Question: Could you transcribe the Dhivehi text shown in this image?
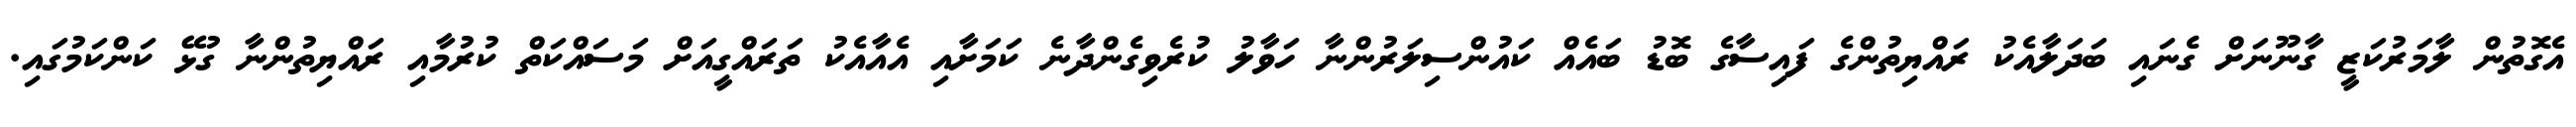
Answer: އެގޮތުން ލާމަރުކަޒީ ގާނޫނަށް ގެނައި ބަދަލާއެކު ރައްޔިތުންގެ ފައިސާގެ ބޮޑު ބައެއް ކައުންސިލަރުންނާ ހަވާލު ކުރެވިގެންދާނެ ކަމަށާއި އެއާއެކު ތަރައްގީއަށް މަސައްކަތް ކުރުމާއި ރައްޔިތުންނާ ގުޅޭ ކަންކަމުގައި.